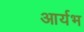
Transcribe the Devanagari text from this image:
आर्यभ